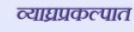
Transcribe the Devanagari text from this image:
व्याघ्रप्रकल्पात